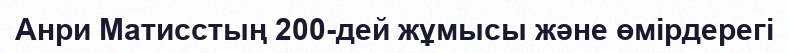
Анри Матисстың 200-дей жұмысы және өмірдерегі